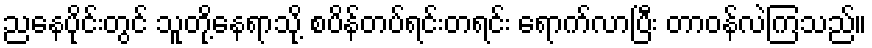
ညနေပိုင်းတွင် သူတို့နေရာသို့ စပိန်တပ်ရင်းတရင်း ရောက်လာပြီး တာဝန်လဲကြသည်။